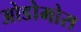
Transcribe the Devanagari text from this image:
ओडोमोस